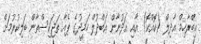
އިބްރާހިމް އާދިލް (ކޮއްކޮ) އާއި އަދުނާން އަބްދުލް ހަމީދުގެ ޕެއާ ތަޖަކިސްތާން ބަލިކުރުމަށް